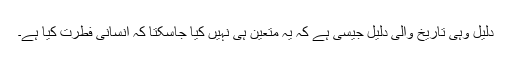
دلیل وہی تاریخ والی دلیل جیسی ہے کہ یہ متعین ہی نہیں کیا جاسکتا کہ انسانی فطرت کیا ہے۔